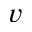
v